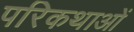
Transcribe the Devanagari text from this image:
परिकथाओं